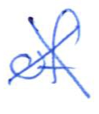
Text: of
Cross-out: cross
Writing tool: ballpoint